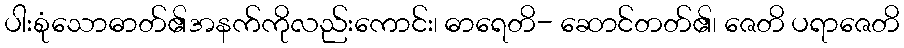
ပါးစုံသောဓာတ်၏အနက်ကိုလည်းကောင်း၊ ဓာရေတိ- ဆောင်တတ်၏၊ ဇေတိ ပရာဇေတိ